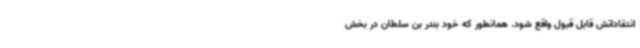
انتقاداتش قابل قبول واقع شود. همانطور که خود بندر بن سلطان در بخش